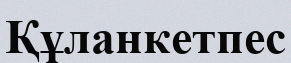
Құланкетпес